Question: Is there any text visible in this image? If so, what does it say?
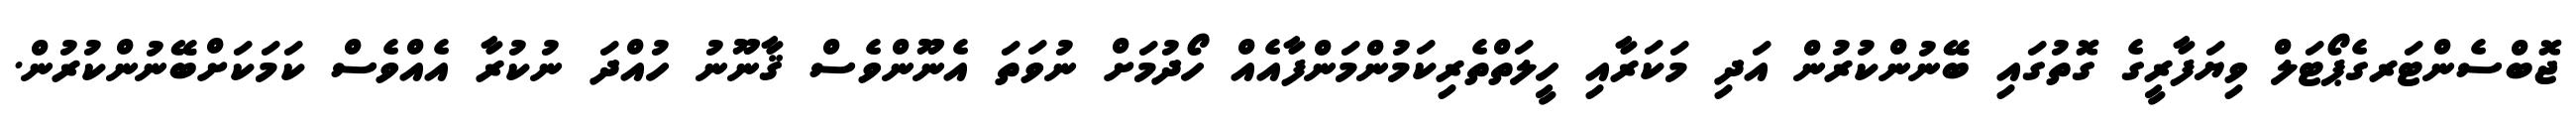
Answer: ޖޮބްސެންޓަރގެޕޯޓަލް ވިޔަފާރީގެ ގޮތުގައި ބޭނުންކުރުން އަދި މަކަރާއި ހީލަތްތެރިކަމުންމަންފާއެއް ހޯދުމަށް ނުވަތަ އެނޫންވެސް ޤާނޫނު ހުއްދަ ނުކުރާ އެއްވެސް ކަމަކަށްބޭނުންކުރުން.